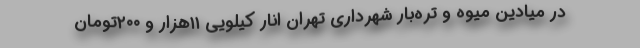
در میادین میوه و تره‌بار شهرداری تهران انار کیلویی ۱۱هزار و ۲۰۰تومان